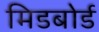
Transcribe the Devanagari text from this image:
मिडबोर्ड